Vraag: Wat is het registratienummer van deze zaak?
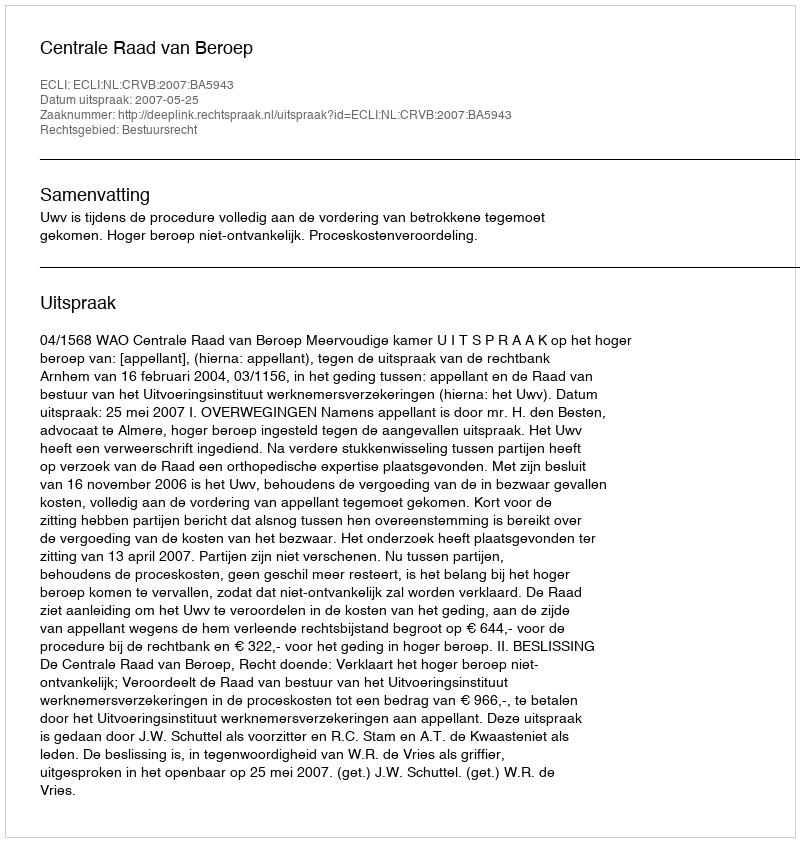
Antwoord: http://deeplink.rechtspraak.nl/uitspraak?id=ECLI:NL:CRVB:2007:BA5943